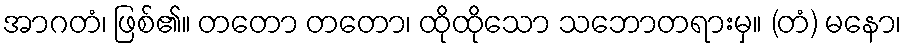
အာဂတံ၊ ဖြစ်၏။ တတော တတော၊ ထိုထိုသော သဘောတရားမှ။ (တံ) မနော၊